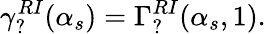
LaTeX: \gamma_{?}^{RI}(\alpha_{s})=\Gamma_{?}^{RI}(\alpha_{s},1){}.